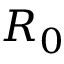
R _ { 0 }